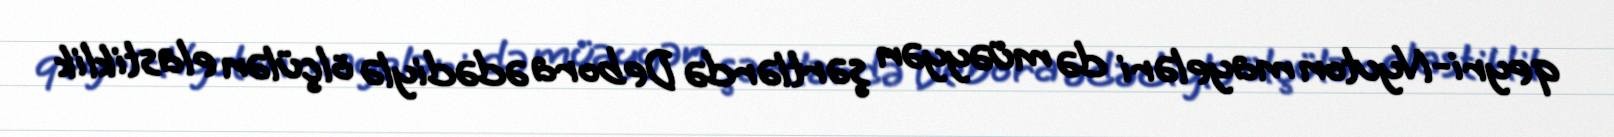
qeyri-Nyuton mayeləri də müəyyən şərtlərdə Debora ədədiylə ölçülən elastiklik